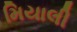
મિયાલી